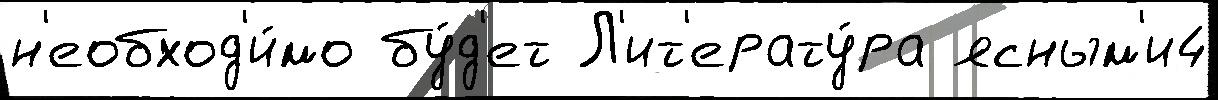
н'еобход'и́мо бу́д'ет Л'ит'ерату́ра ясным'и4